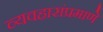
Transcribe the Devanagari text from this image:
व्यवहारांप्रमाणे